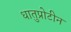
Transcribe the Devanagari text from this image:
धातुप्रोटीन